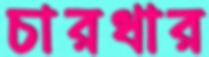
চারধার